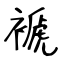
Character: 褫